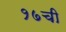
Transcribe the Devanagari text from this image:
१७ची